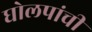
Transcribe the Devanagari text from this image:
घोलपांची